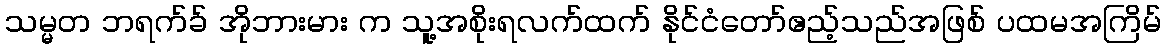
သမ္မတ ဘရက်ခ် အိုဘားမား က သူ့အစိုးရလက်ထက် နိုင်ငံတော်ဧည့်သည်အဖြစ် ပထမအကြိမ်